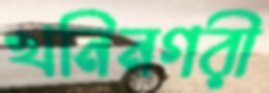
খনিনগরী